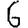
Digit: 6